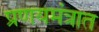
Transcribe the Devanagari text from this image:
प्रणयमंत्रात